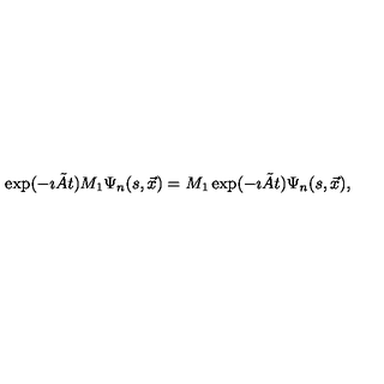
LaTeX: \exp ( - \imath \tilde { A } t ) M _ { 1 } \Psi _ { n } ( s , \vec { x } ) = M _ { 1 } \exp ( - \imath \tilde { A } t ) \Psi _ { n } ( s , \vec { x } ) ,